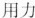
用力